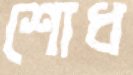
শোধ